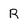
Character: R